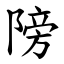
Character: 䧛